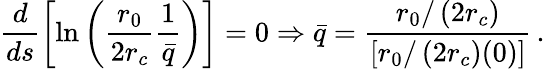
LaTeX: \frac{d}{ds}\left[\ln\left(\frac{r_{0}}{2r_{c}}\frac{1}{\bar{q}}\right)\right]=0\Rightarrow\bar{q}=\frac{r_{0}/\left(2r_{c}\right)}{\left[r_{0}/\left(2r_{c}\right)(0)\right]}\, .